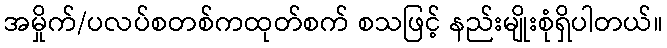
အမှိုက်/ပလပ်စတစ်ကထုတ်စက် စသဖြင့် နည်းမျိုးစုံရှိပါတယ်။